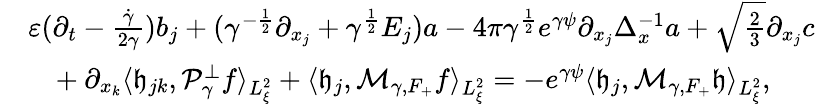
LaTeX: \begin{array}{rl}&{\varepsilon(\partial_{t}-\frac{\dot{\gamma}}{2\gamma})b_{j}+(\gamma^{-\frac{1}{2}}\partial_{x_{j}}+\gamma^{\frac{1}{2}}E_{j})a-4\pi\gamma^{\frac{1}{2}}e^{\gamma\psi}\partial_{x_{j}}\Delta_{x}^{-1}a+\sqrt{\frac{2}{3}}\partial_{x_{j}}c}\\ &{\ \ \ +\partial_{x_{k}}\langle\mathfrak h_{jk},\mathcal P_{\gamma}^{\perp}f\rangle_{L_{\xi}^{2}}+\langle\mathfrak h_{j},\mathcal M_{\gamma,F_{+}}f\rangle_{L_{\xi}^{2}}=-e^{\gamma\psi}\langle\mathfrak h_{j},\mathcal M_{\gamma,F_{+}}\mathfrak h\rangle_{L_{\xi}^{2}},}\end{array}